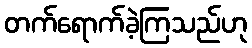
တက်ရောက်ခဲ့ကြသည်ဟု